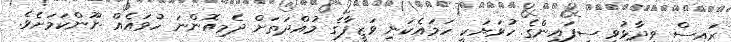
ރައީސް ވިދާޅުވީ ސިފައިންގެ ހުވަޔަކީ ހަމައެކަނި ވަޒީފާގެ މުއްދަތަށް ދެމިއޮންނަ ހުވައެއް ނޫންކަމަށެވެ.